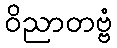
ဝိညာတဗ္ဗံ